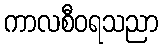
ကာလစီဝရသညာ